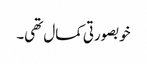
خوبصورتی کمال تھی۔